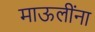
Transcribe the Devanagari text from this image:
माऊलींना